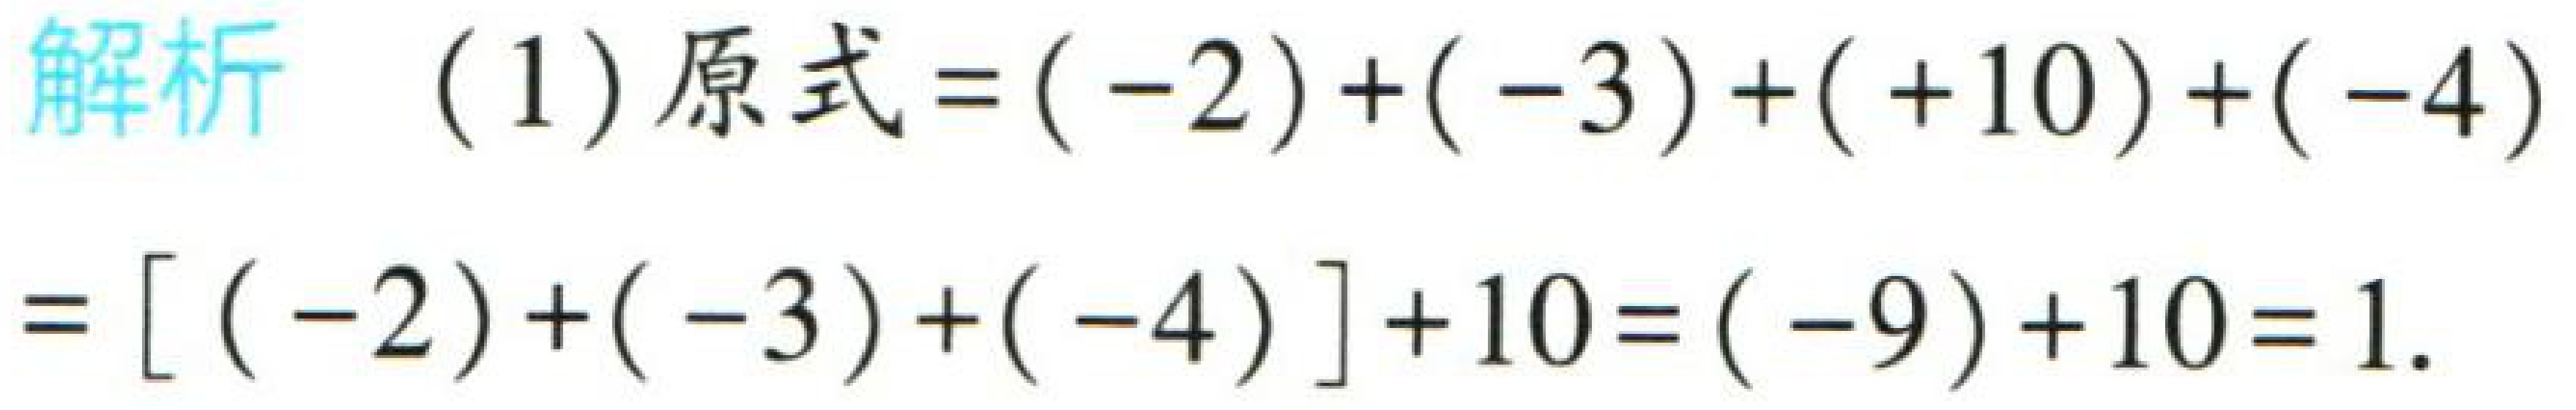
解析  (1) 原式$=(-2)+(-3)+(+10)+(-4)$
$=[(-2)+(-3)+(-4)] + 10=(-9)+10 = 1$.